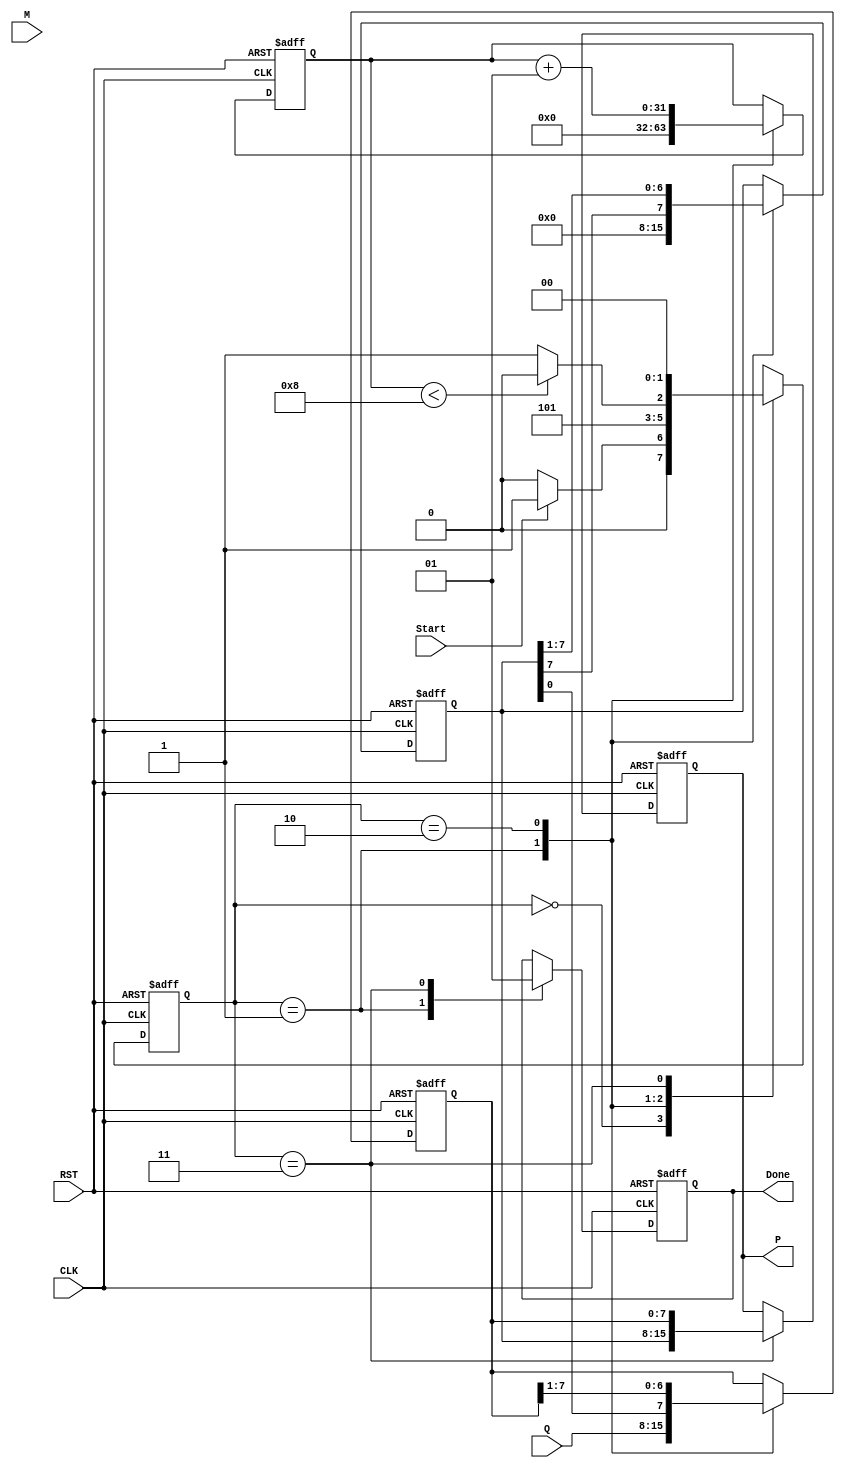
module modified_booth_multiplier #(
    parameter WIDTH = 8 // Bit width of the multiplicand and multiplier
) (
    input  wire [WIDTH-1:0] M,            // Multiplicand
    input  wire [WIDTH-1:0] Q,            // Multiplier
    input  wire Start,                     // Control signal to start the multiplication
    input  wire CLK,                       // Clock signal
    input  wire RST,                       // Reset signal
    output reg [2 * WIDTH - 1:0] P,       // Product (output width is double that of input)
    output reg Done                        // Done signal indicating completion
);

    // Internal Registers
    reg [WIDTH-1:0] A;                    // Accumulator
    reg [WIDTH-1:0] Q_reg;                // Multiplier register
    reg Q1;                                // Previous bit of the multiplier
    integer count;                         // Count for iterations

    // State parameters
    localparam IDLE         = 2'b00;
    localparam INITIALIZE   = 2'b01;
    localparam PROCESS      = 2'b10;
    localparam DONE         = 2'b11;

    reg [1:0] state, next_state;

    // State Transition
    always @(posedge CLK or posedge RST) begin
        if (RST) begin
            state <= IDLE;
        end else begin
            state <= next_state;
        end
    end

    // Next State Logic
    always @(*) begin
        case (state)
            IDLE: if (Start) next_state = INITIALIZE;
                   else next_state = IDLE;
            INITIALIZE: next_state = PROCESS;
            PROCESS: if (count < WIDTH) next_state = PROCESS;
                      else next_state = DONE;
            DONE: next_state = IDLE;
            default: next_state = IDLE;
        endcase
    end

    // Sequential Logic for the Multiplier
    always @(posedge CLK or posedge RST) begin
        if (RST) begin
            A <= 0;
            Q_reg <= 0;
            Q1 <= 0;
            P <= 0;
            Done <= 0;
            count <= 0;
        end else begin
            case (state)
                INITIALIZE: begin
                    A <= {WIDTH{1'b0}};              // Reset accumulator
                    Q_reg <= Q;                      // Load multiplier
                    Q1 <= 1'b0;                      // Load Q-1 as 0
                    count <= 0;                      // Reset counter
                    Done <= 0;                       // Clear Done flag
                end
                PROCESS: begin
                    case ({Q_reg[0], Q1}) // {Q(0), Q(-1)}
                        2'b01: A <= A + M;       // Add M to A
                        2'b10: A <= A - M;       // Subtract M from A
                        // 2'b00 and 2'b11: Do nothing
                    endcase
                    // Arithmetic right shift
                    {A, Q_reg} <= {A[WIDTH-1], A, Q_reg} >> 1; // MSB of A fills the MSB
                    Q1 <= Q_reg[0];                 // Update Q-1
                    count <= count + 1;             // Increment iteration count
                end
                DONE: begin
                    P <= {A, Q_reg};                // Concatenate A and Q for final product
                    Done <= 1;                      // Assert done signal
                end
            endcase
        end
    end
endmodule